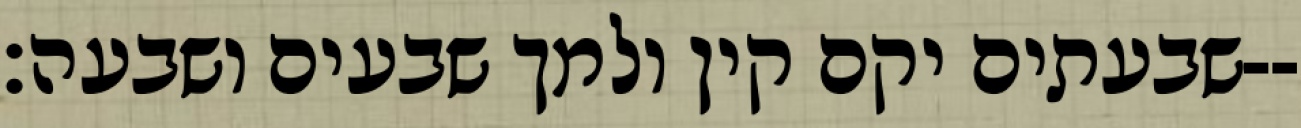
שבעתים יקם קין ולמך שבעים ושבעה׃--